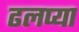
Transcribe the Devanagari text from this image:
ढलप्या